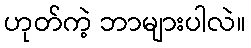
ဟုတ်ကဲ့ ဘာများပါလဲ။